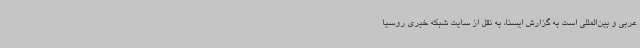
عربی و بین‌المللی است به گزارش ایسنا، به نقل از سایت شبکه خبری روسیا